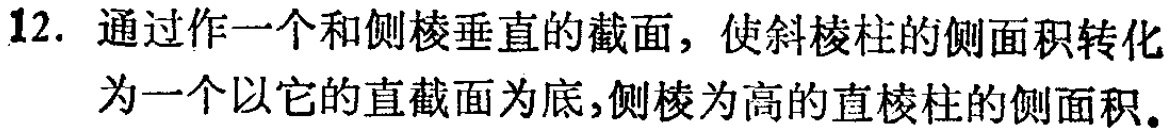
12. 通过作一个和侧棱垂直的截面，使斜棱柱的侧面积转化为一个以它的直截面为底,侧棱为高的直棱柱的侧面积。